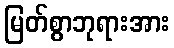
မြတ်စွာဘုရားအား